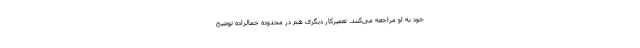
خود به او مراجعه می‌کنند. تعمیرکار دیگری هم در محدوده جمالزاده توضیح